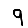
Digit: 9